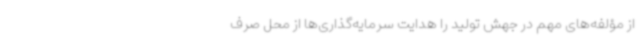
از مؤلفه‌های مهم در جهش تولید را هدایت سرمایه‌گذاری‌ها از محل‌ صرف